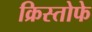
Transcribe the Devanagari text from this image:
क्रिस्तोफे